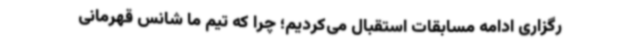
رگزاری ادامه مسابقات استقبال می‌کردیم؛ چرا که تیم ما شانس قهرمانی